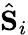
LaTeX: \hat{\mathbf S}_{i}